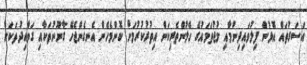
އަސަރުތައް އޮޅުން ފިލުވައިދިނުމާއި މުޖުތަމައުގެ ހޭލުންތެރިކަން އިތުރުކުރުމަށް ކޮންމެހެން އެނގެންޖެހޭ ގާނޫނުތަކާއި ގަވާއިދުތަކަށް